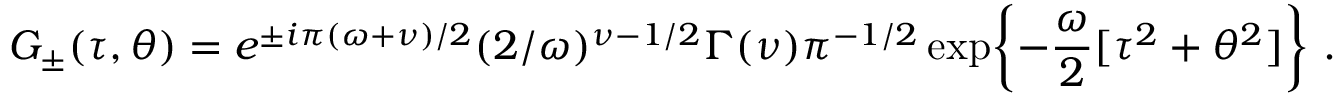
G _ { \pm } ( \tau , \theta ) = e ^ { \pm i \pi ( \omega + \nu ) / 2 } ( 2 / \omega ) ^ { \nu - 1 / 2 } \Gamma ( \nu ) \pi ^ { - 1 / 2 } \exp \biggl \{ - \frac { \omega } { 2 } [ \tau ^ { 2 } + \theta ^ { 2 } ] \biggr \} \ .